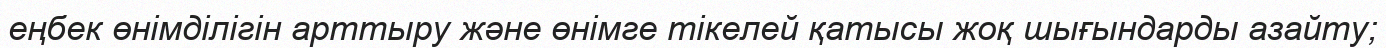
еңбек өнімділігін арттыру және өнімге тікелей қатысы жоқ шығындарды азайту;